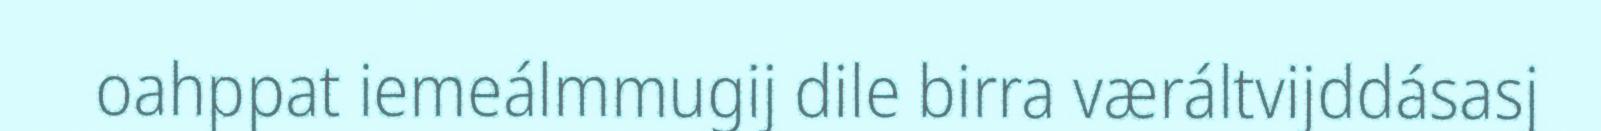
oahppat iemeálmmugij dile birra væráltvijddásasj